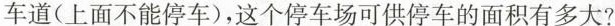
车道(上面不能停车)，这个停车场可供停车的面积有多大?